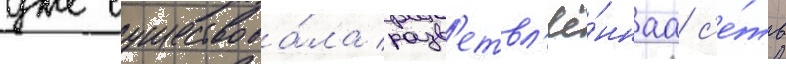
уже существова́ла разв'етвл'ё́ннаа с'е́ть